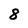
Character: 8